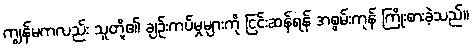
ကျွန်မကလည်း သူတို့၏ ချဉ်းကပ်မှုများကို ငြင်းဆန်ရန် အစွမ်းကုန် ကြိုးစားခဲ့သည်။